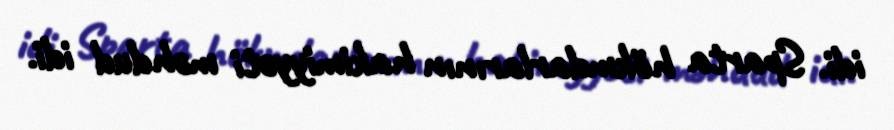
idi. Sparta hökmdarlarının hakimiyyəti məhdud idi.